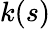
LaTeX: k(s)